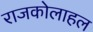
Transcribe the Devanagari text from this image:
राजकोलाहल